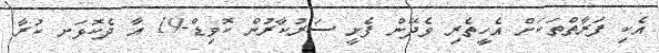
އެކި ފަރާތްތަކަށް އެހީތެރި ވެދޭން ފެށީ ސަރުކާރުން ކޮވިޑް-19 އާ ދެކޮޅަށ ކުރާ